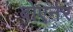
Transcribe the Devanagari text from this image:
बोएर्नर